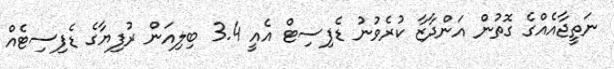
ނަތީޖާއެއްގެ ގޮތުން އަންދާޒާ ކުރެވުނު ޑެފިސިޓް އެއީ 3.4 ބިލިއަން ރުފިޔާގެ ޑެފިސިޓެއް